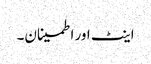
اینٹ اور اطمینان۔